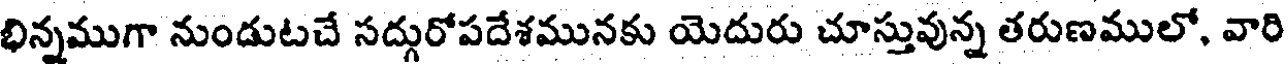
భిన్నముగా నుండుటచే సద్గురోపదేశమునకు యెదురు చూస్తువున్న తరుణములో, వారి